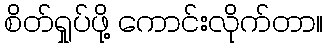
စိတ်ရှုပ်ဖို့ ကောင်းလိုက်တာ။